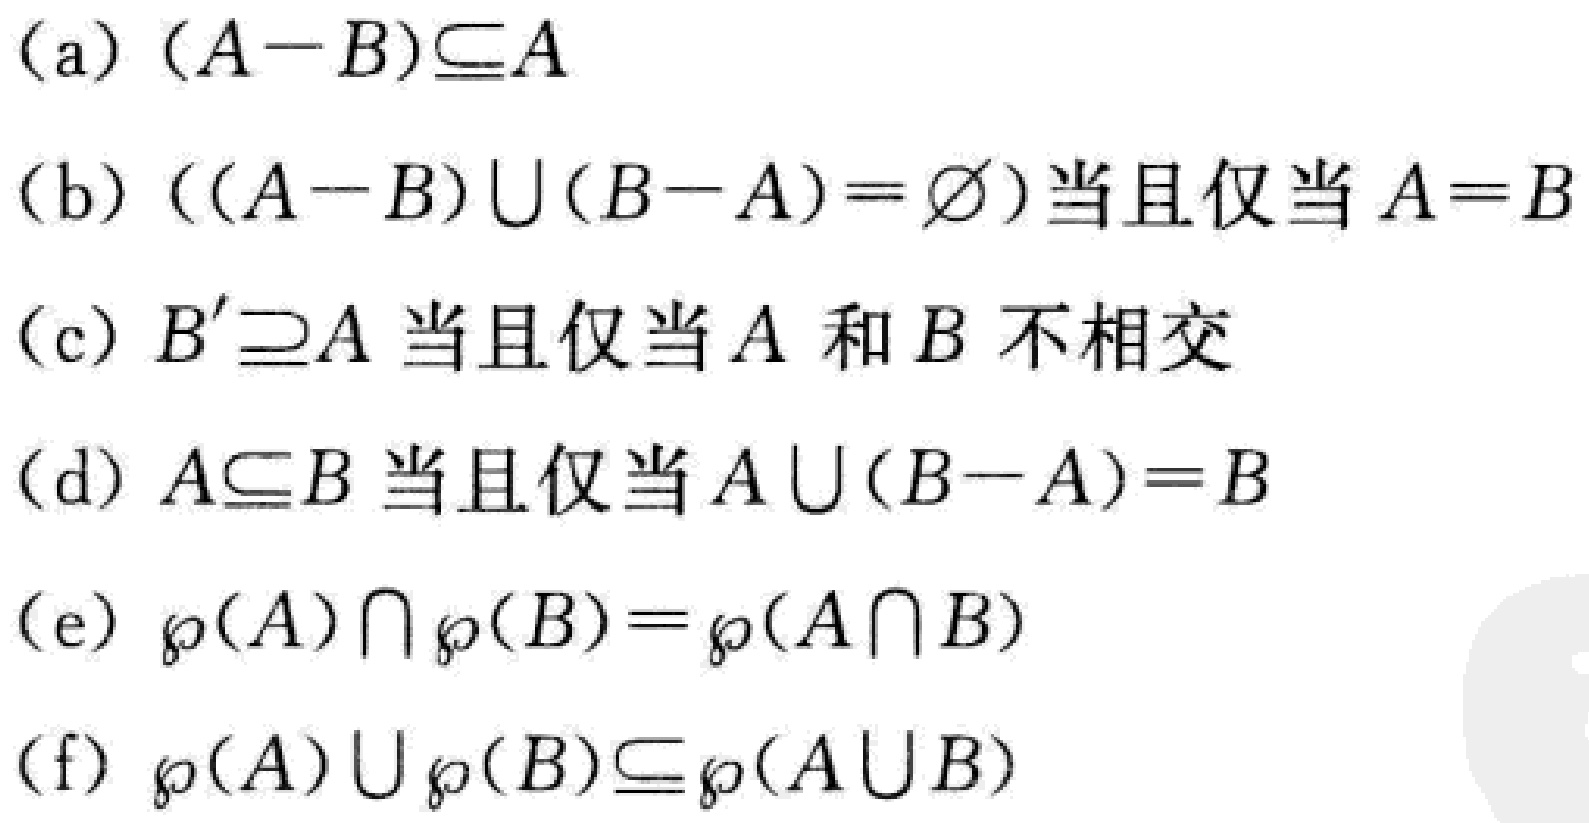
(a) $(A - B)\subseteq A$

(b) $((A - B)\cup(B - A)=\varnothing)$当且仅当$A = B$

(c) $B'\supseteq A$当且仅当$A$和$B$不相交

(d) $A\subseteq B$当且仅当$A\cup(B - A)=B$

(e) $\wp(A)\cap\wp(B)=\wp(A\cap B)$

(f) $\wp(A)\cup\wp(B)\subseteq\wp(A\cup B)$